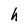
Character: h